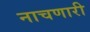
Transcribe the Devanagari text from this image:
नाचणारी